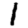
Digit: 1